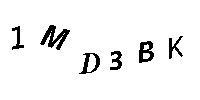
1MD3BK